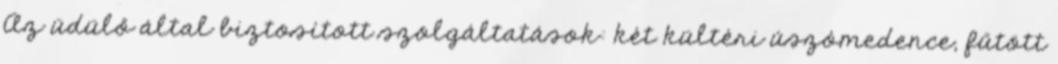
Az üdülő által biztosított szolgáltatások: két kültéri úszómedence, fűtött